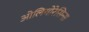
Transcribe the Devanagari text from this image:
ओलियोरेसिन्स